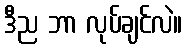
ဒီည ဘာ လုပ်ချင်လဲ။